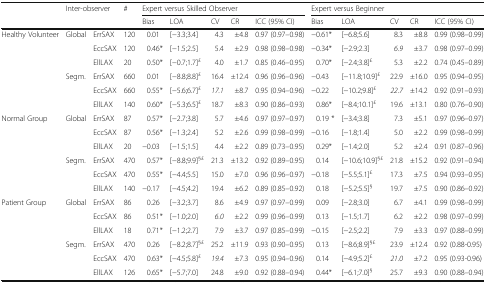
<table><thead><tr><td></td><td rowspan="2" colspan="2"><b>Inter-observer</b></td><td rowspan="2"><b>#</b></td><td colspan="5"><b>Expert versus Skilled Observer</b></td><td colspan="5"><b>Expert versus Beginner</b></td></tr><tr><td></td><td><b>Bias</b></td><td><b>LOA</b></td><td><b>CV</b></td><td><b>CR</b></td><td><b>ICC (95% CI)</b></td><td><b>Bias</b></td><td><b>LOA</b></td><td><b>CV</b></td><td><b>CR</b></td><td><b>ICC (95% CI)</b></td></tr></thead><tbody><tr><td rowspan="6">Healthy Volunteer</td><td rowspan="3">Global</td><td>ErrSAX</td><td>120</td><td>0.01</td><td>[−3.3;3.4]</td><td>4.3</td><td>±4.8</td><td>0.97 (0.97–0.98)</td><td>−0.61*</td><td>[−6.8;5.6]</td><td>8.3</td><td>±8.8</td><td>0.99 (0.98–0.99)</td></tr><tr><td>EccSAX</td><td>120</td><td>0.46*</td><td>[−1.5;2.5]</td><td>5.4</td><td>±2.9</td><td>0.98 (0.98–0.98)</td><td>−0.34*</td><td>[−2.9;2.3]</td><td><i>6.9</i></td><td>±3.7</td><td>0.98 (0.97–0.99)</td></tr><tr><td>EllLAX</td><td>20</td><td>0.50*</td><td>[−0.7;1.7]<sup>£</sup></td><td>4.0</td><td>±1.7</td><td>0.85 (0.46–0.95)</td><td>0.70*</td><td>[−2.4;3.8]<sup>£</sup></td><td>5.3</td><td>±2.2</td><td>0.74 (0.45–0.89)</td></tr><tr><td rowspan="3">Segm.</td><td>ErrSAX</td><td>660</td><td>0.01</td><td>[−8.8;8.8]<sup>£</sup></td><td>16.4</td><td>±12.4</td><td>0.96 (0.96–0.96)</td><td>−0.43</td><td>[−11.8;10.9]<sup>£</sup></td><td>22.9</td><td>±16.0</td><td>0.95 (0.94–0.95)</td></tr><tr><td>EccSAX</td><td>660</td><td>0.55*</td><td>[−5.6;6.7]<sup>£</sup></td><td><i>17.1</i></td><td>±8.7</td><td>0.95 (0.94–0.96)</td><td>−0.22</td><td>[−10.2;9.8]<sup>£</sup></td><td><i>22.7</i></td><td>±14.2</td><td>0.92 (0.91–0.93)</td></tr><tr><td>EllLAX</td><td>140</td><td>0.60*</td><td>[−5.3;6.5]<sup>£</sup></td><td>18.7</td><td>±8.3</td><td>0.90 (0.86–0.93)</td><td>0.86*</td><td>[−8.4;10.1]<sup>£</sup></td><td>19.6</td><td>±13.1</td><td>0.80 (0.76–0.90)</td></tr><tr><td rowspan="6">Normal Group</td><td rowspan="3">Global</td><td>ErrSAX</td><td>87</td><td>0.57*</td><td>[−2.7;3.8]</td><td>5.7</td><td>±4.6</td><td>0.97 (0.97–0.97)</td><td>0.19 *</td><td>[−3.4;3.8]</td><td>7.3</td><td>±5.1</td><td>0.97 (0.96–0.97)</td></tr><tr><td>EccSAX</td><td>87</td><td>0.56*</td><td>[−1.3;2.4]</td><td>5.2</td><td>±2.6</td><td>0.99 (0.98–0.99)</td><td>−0.16</td><td>[−1.8;1.4]</td><td>5.0</td><td>±2.2</td><td>0.99 (0.98–0.99)</td></tr><tr><td>EllLAX</td><td>20</td><td>−0.03</td><td>[−1.5;1.5]</td><td>4.4</td><td>±2.2</td><td>0.89 (0.73–0.95)</td><td>0.29*</td><td>[−1.4;2.0]</td><td>5.2</td><td>±2.4</td><td>0.91 (0.87–0.96)</td></tr><tr><td rowspan="3">Segm.</td><td>ErrSAX</td><td>470</td><td>0.57*</td><td>[−8.8;9.9]<sup>§£</sup></td><td>21.3</td><td>±13.2</td><td>0.92 (0.89–0.95)</td><td>0.14</td><td>[−10.6;10.9]<sup>§£</sup></td><td>21.8</td><td>±15.2</td><td>0.92 (0.91–0.94)</td></tr><tr><td>EccSAX</td><td>470</td><td>0.55*</td><td>[−4.4;5.5]</td><td>15.0</td><td>±7.0</td><td>0.96 (0.96–0.97)</td><td>−0.18</td><td>[−5.5;5.1]<sup>£</sup></td><td>17.3</td><td>±7.5</td><td>0.94 (0.93–0.95)</td></tr><tr><td>EllLAX</td><td>140</td><td>−0.17</td><td>[−4.5;4.2]</td><td>19.4</td><td>±6.2</td><td>0.89 (0.85–0.92)</td><td>0.18</td><td>[−5.2;5.5]<sup>§</sup></td><td>19.7</td><td>±7.5</td><td>0.90 (0.86–0.92)</td></tr><tr><td rowspan="6">Patient Group</td><td rowspan="3">Global</td><td>ErrSAX</td><td>86</td><td>0.26</td><td>[−3.2;3.7]</td><td>8.6</td><td>±4.9</td><td>0.97 (0.97–0.99)</td><td>0.09</td><td>[−2.8;3.0]</td><td>6.7</td><td>±4.1</td><td>0.99 (0.98–0.99)</td></tr><tr><td>EccSAX</td><td>86</td><td>0.51*</td><td>[−1.0;2.0]</td><td><i>6.0</i></td><td>±2.2</td><td>0.99 (0.96–0.99)</td><td>0.13</td><td>[−1.5;1.7]</td><td>6.2</td><td>±2.2</td><td>0.98 (0.97–0.99)</td></tr><tr><td>EllLAX</td><td>18</td><td>0.71*</td><td>[−1.2;2.7]</td><td>7.9</td><td>±3.7</td><td>0.97 (0.85–0.99)</td><td>−0.15</td><td>[−2.5;2.2]</td><td>7.9</td><td>±3.3</td><td>0.97 (0.88–0.99)</td></tr><tr><td rowspan="3">Segm.</td><td>ErrSAX</td><td>470</td><td>0.26</td><td>[−8.2;8.7]<sup>§£</sup></td><td>25.2</td><td>±11.9</td><td>0.93 (0.90–0.95)</td><td>0.13</td><td>[−8.6;8.9]<sup>§£</sup></td><td>23.9</td><td>±12.4</td><td>0.92 (0.88-0.95)</td></tr><tr><td>EccSAX</td><td>470</td><td>0.63*</td><td>[−4.5;5.8]<sup>£</sup></td><td><i>19.4</i></td><td>±7.3</td><td>0.95 (0.94–0.96)</td><td>0.14</td><td>[−4.9;5.2]<sup>£</sup></td><td><i>21.0</i></td><td>±7.2</td><td>0.95 (0.93-0.96)</td></tr><tr><td>EllLAX</td><td>126</td><td>0.65*</td><td>[−5.7;7.0]</td><td>24.8</td><td>±9.0</td><td>0.92 (0.88–0.94)</td><td>0.44*</td><td>[−6.1;7.0]<sup>§</sup></td><td>25.7</td><td>±9.3</td><td>0.90 (0.88–0.94)</td></tr></tbody></table>